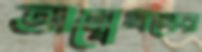
অন্বেষণের